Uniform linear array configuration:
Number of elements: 32
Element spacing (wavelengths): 0.5
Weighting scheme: uniform
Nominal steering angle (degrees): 30
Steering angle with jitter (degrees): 30.559
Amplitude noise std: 0.05
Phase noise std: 0.05

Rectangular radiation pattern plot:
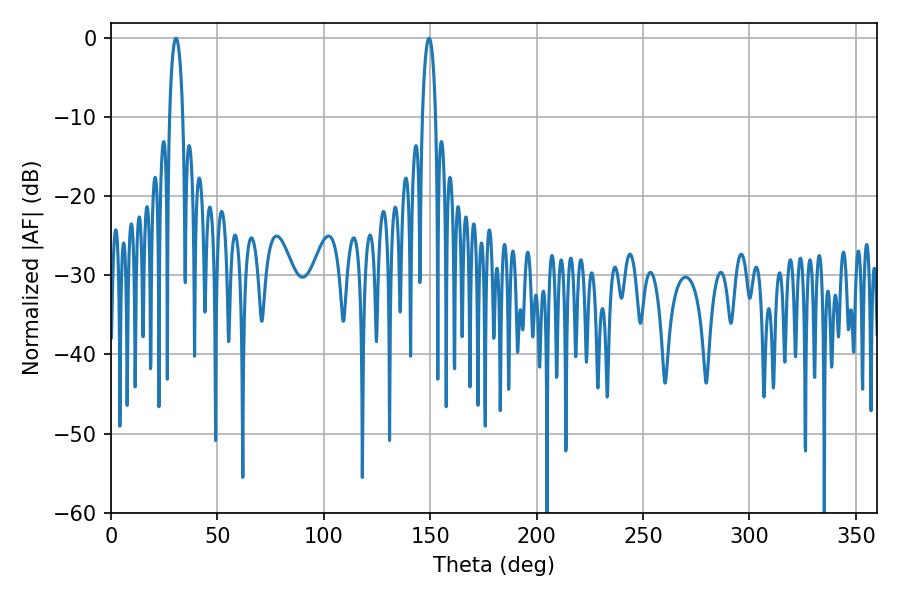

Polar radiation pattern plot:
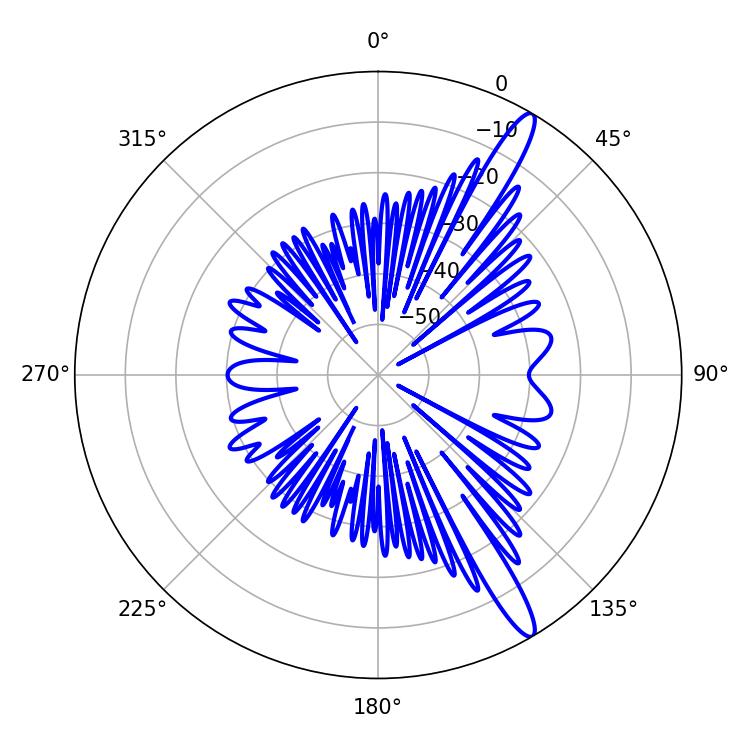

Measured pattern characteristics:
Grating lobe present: FALSE
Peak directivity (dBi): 14.337
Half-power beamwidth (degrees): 3.6
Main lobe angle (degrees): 30.6